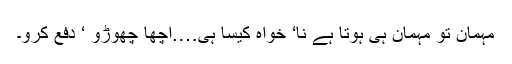
مہمان تو مہمان ہی ہوتا ہے نا‘ خواہ کیسا ہی….اچھا چھوڑو ‘ دفع کرو۔